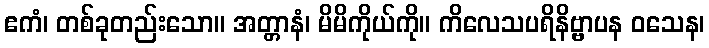
ဧကံ၊ တစ်ခုတည်းသော။ အတ္တာနံ၊ မိမိကိုယ်ကို။ ကိလေသပရိနိဗ္ဗာပန ဝသေန၊